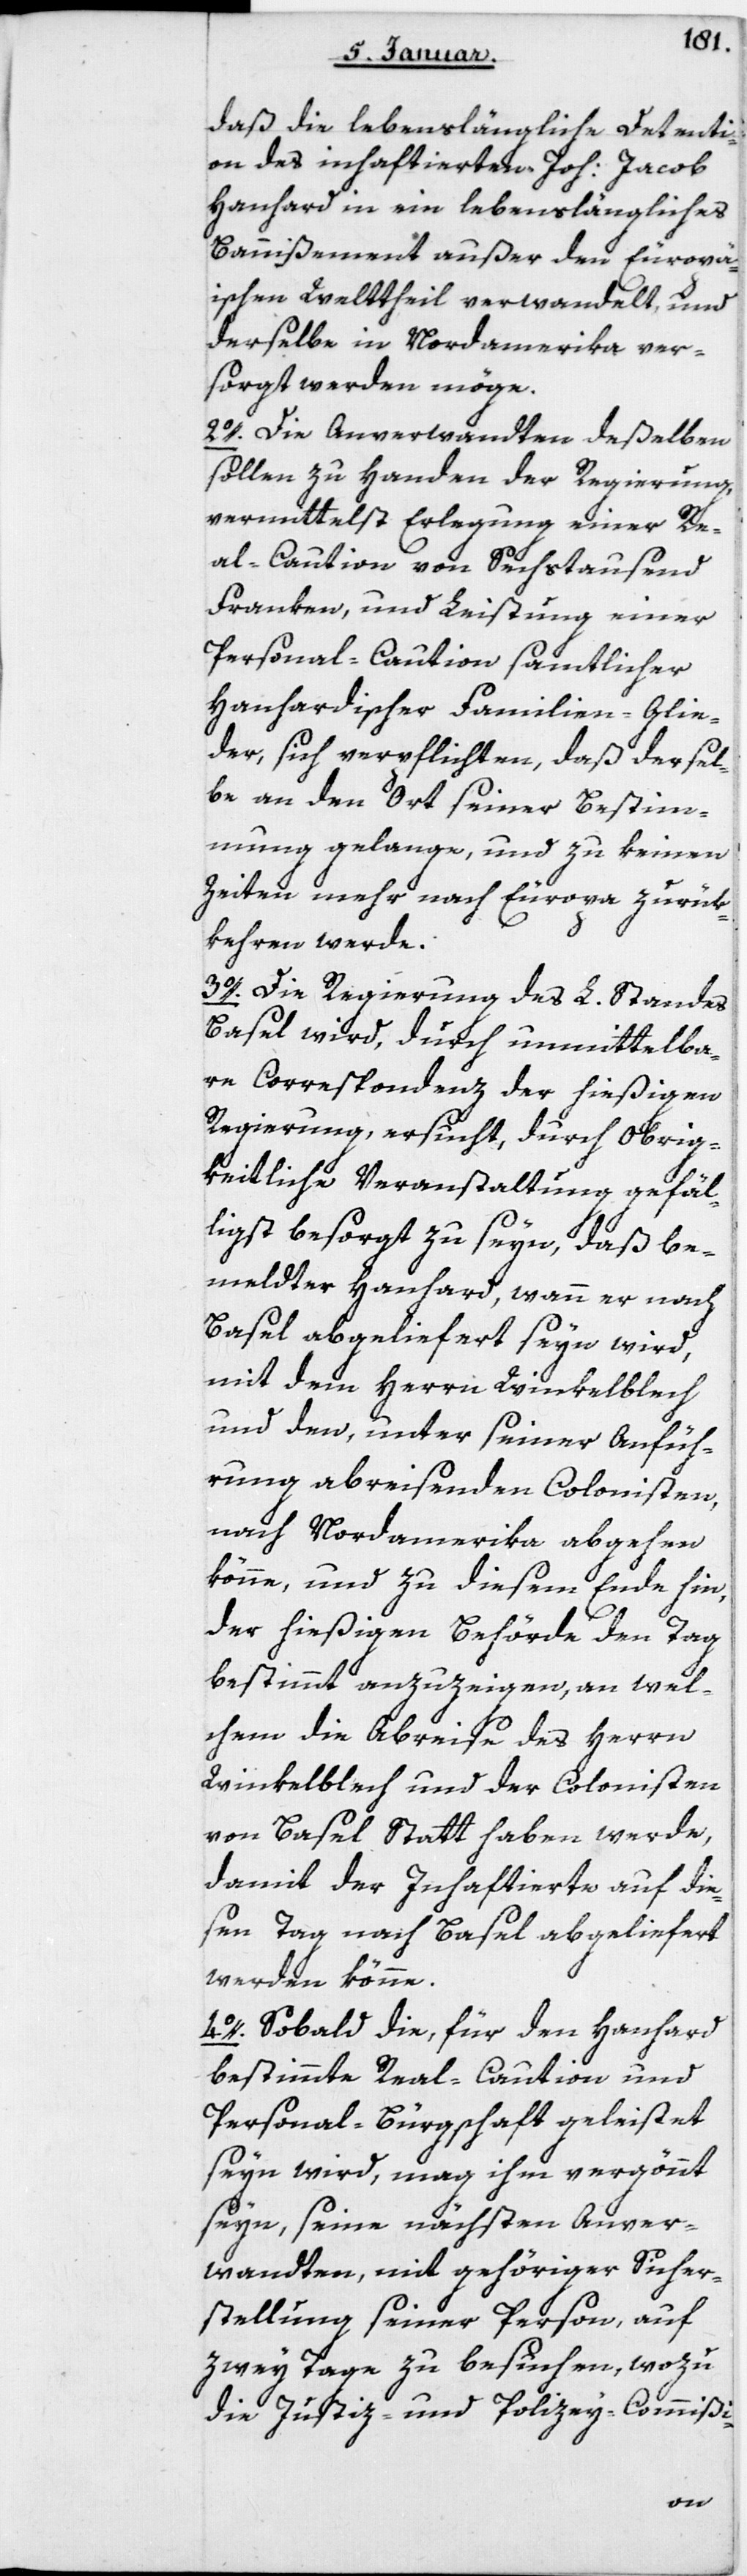
daß die lebenslängliche Detenti¬
on des inhaftierten Joh. Jacob
Hanhard in ein lebenslängliches
Bannißement außer den europä¬
ischen Welttheil verwandelt, und
derselbe in Nordamerika ver¬
sorgt werden möge.
2. Die Anverwandten deßelben
sollen zu Handen der Regierung
vermittelst Erlegung einer Re¬
al-Caution von sechstausend
Franken, und Leistung einer
Personal-Caution samtlicher
Hanhardischer Familien-Glie¬
der sich verpflichten, daß dersel¬
be an den Ort seiner Bestim¬
mung gelange, und zu keinen
Zeiten mehr nach Europa zurük¬
kehren werde.
3. Die Regierung des L. Standes
Basel wird, durch unmittelba¬
re Correspondenz der hießigen
Regierung ersucht, durch obrig¬
keitliche Veranstaltung gefäl¬
ligst besorgt zu seyn, daß be¬
meldter Hanhard, wann er nach
Basel abgeliefert seyn wird,
mit dem Herrn Winkelblech
und den, unter seiner Anfüh¬
rung abreisenden Colonisten,
nach Nordamerika abgehen
könne, und zu diesem Ende hin,
der hießigen Behörde den Tag
bestimmt anzuzeigen, an wel¬
chem die Abreise des Herrn
Winkelblech und der Colonisten
von Basel statthaben werde,
damit der Inhaftierte auf die¬
sen Tag nach Basel abgeliefert
werden könne.
4. Sobald die, für den Hanhard
bestimmte Real-Caution und
Personal-Bürgschaft geleistet
seyn wird, mag ihm vergönnt
seyn, seine nächsten Anver¬
wandten, mit gehöriger Sicher¬
stellung seiner Person, auf
zwey Tage zu besuchen, wozu
die Justiz- und Polizey-Commißi-